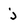
Character: j